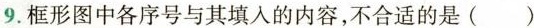
9.框形图中各序号与其填入的内容，不合适的是()